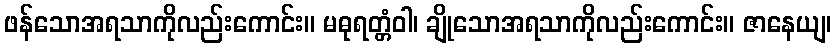
ဖန်သောအရသာကိုလည်းကောင်း။ မဓုရတ္တံဝါ၊ ချိုသောအရသာကိုလည်းကောင်း။ ဇာနေယျ၊